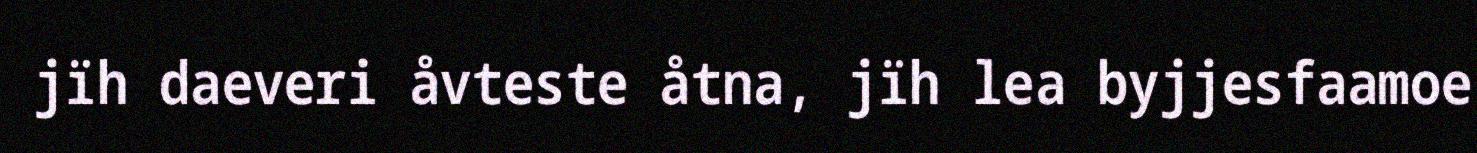
jïh daeveri åvteste åtna, jïh lea byjjesfaamoe